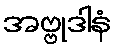
အဗ္ဗုဒါနံ